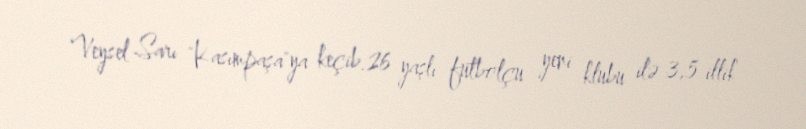
Veysel Sarı "Kasımpaşa"ya keçib.26 yaşlı futbolçu yeni klubu ilə 3,5 illik